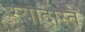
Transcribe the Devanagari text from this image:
स्यादस्ति